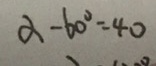
\alpha - 6 0 ^ { \circ } = 4 0